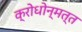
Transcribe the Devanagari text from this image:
क्रोधोन्मत्त